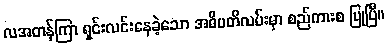
လအတန်ကြာ ရှင်းလင်းနေခဲ့သော အဓိပတိလမ်းမှာ စည်ကားစ ပြုပြီ။